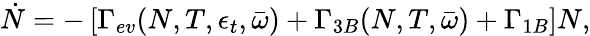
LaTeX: \dot{N}=-\left[\Gamma_{ev}(N,T,\epsilon_{t},\bar{\omega})+\Gamma_{3B}(N,T,\bar{\omega})+\Gamma_{1B}\right]N,